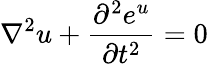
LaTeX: \nabla^{2}u+{\frac{\partial^{2}e^{u}}{\partial t^{2}}}=0